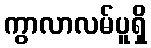
ကွာလာလမ်ပူရှိ